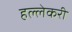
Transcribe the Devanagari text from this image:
हल्लेकरी